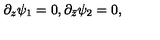
\partial _ { z } \psi _ { 1 } = 0 , \partial _ { \bar { z } } \psi _ { 2 } = 0 ,